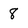
Character: 8